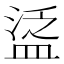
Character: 𥁷